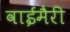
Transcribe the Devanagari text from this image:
वाईमैरी